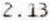
2.13